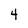
Character: 4